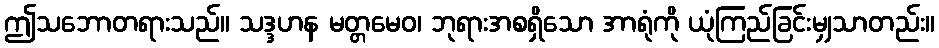
ဤသဘောတရားသည်။ သဒ္ဒဟန မတ္တမေဝ၊ ဘုရားအစရှိသော အာရုံကို ယုံကြည်ခြင်းမျှသာတည်း။